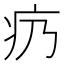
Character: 疓